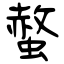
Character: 螫